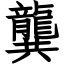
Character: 龔